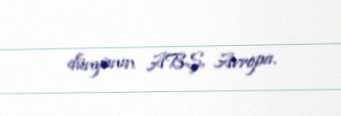
dünyanın ABŞ, Avropa.